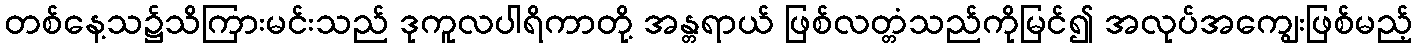
တစ်နေ့သ၌သိကြားမင်းသည် ဒုကူလပါရိကာတို့ အန္တရာယ် ဖြစ်လတ္တံသည်ကိုမြင်၍ အလုပ်အကျွေးဖြစ်မည့်